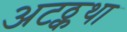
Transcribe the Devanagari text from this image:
अटठ्कथा